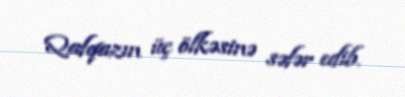
Qafqazın üç ölkəsinə səfər edib.